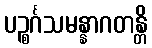
ပဉ္စင်္ဂသမန္နာဂတန္တိ